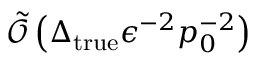
\tilde { \mathcal { O } } \left( \Delta _ { \mathrm { t r u e } } \epsilon ^ { - 2 } p _ { 0 } ^ { - 2 } \right)